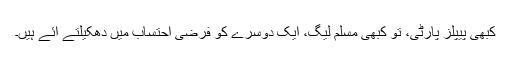
کبھی پیپلز پارٹی، تو کبھی مسلم لیگ، ایک دوسرے کو فرضی احتساب میں دھکیلتے آئے ہیں۔